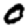
Digit: 0